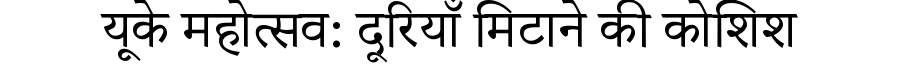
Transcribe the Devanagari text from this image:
यूके महोत्सव: दूरियाँ मिटाने की कोशिश